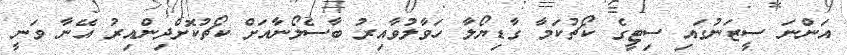
އަންނަ ސީޒަނުގައި ސިޓީގެ ކޯޗުކަމާ ގާޑިޔޯލާ ހަވާލުވާއިރު ބާސެލޯނާއަށް ކޯޗުކޮށްދިންއިރު އޭނާ ވަނީ